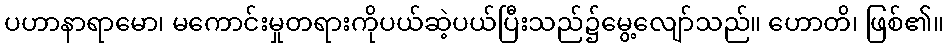
ပဟာနာရာမော၊ မကောင်းမှုတရားကိုပယ်ဆဲ့ပယ်ပြီးသည်၌မွေ့လျော်သည်။ ဟောတိ၊ ဖြစ်၏။